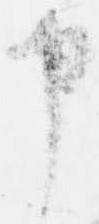
申